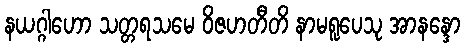
နယဂ္ဂါဟော သတ္တရသမေ ဝိဇဟတီတိ နာမရူပေသု အာနန္ဒော